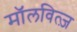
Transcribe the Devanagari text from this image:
मॉलवित्ज़